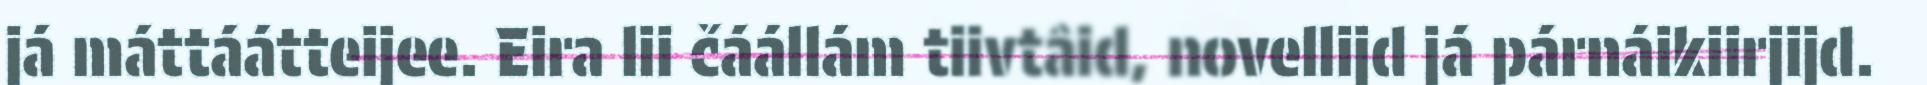
já máttáátteijee. Eira lii čáállám tiivtâid, novellijd já párnáikiirjijd.